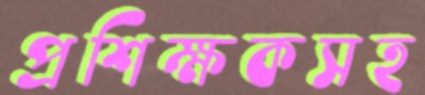
প্রশিক্ষকসহ